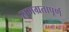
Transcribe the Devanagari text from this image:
समग्रतापूर्ण